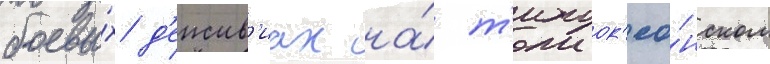
боевы́х д'еиств'иах на́ т'ихоок'еа́нском